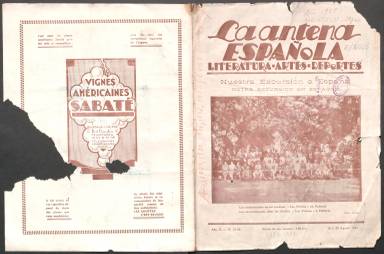
Título: La Antena española
Colección: Revistas de información general
Ámbito geográfico: Argelia
Lugar de publicación: Alger
Fechas: 10/08/1929-15/06/1934